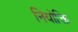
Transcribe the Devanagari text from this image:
नियोक्ति